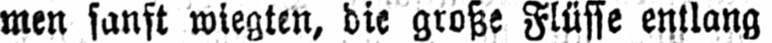
men sanft wiegten, die große Flüsse entlang